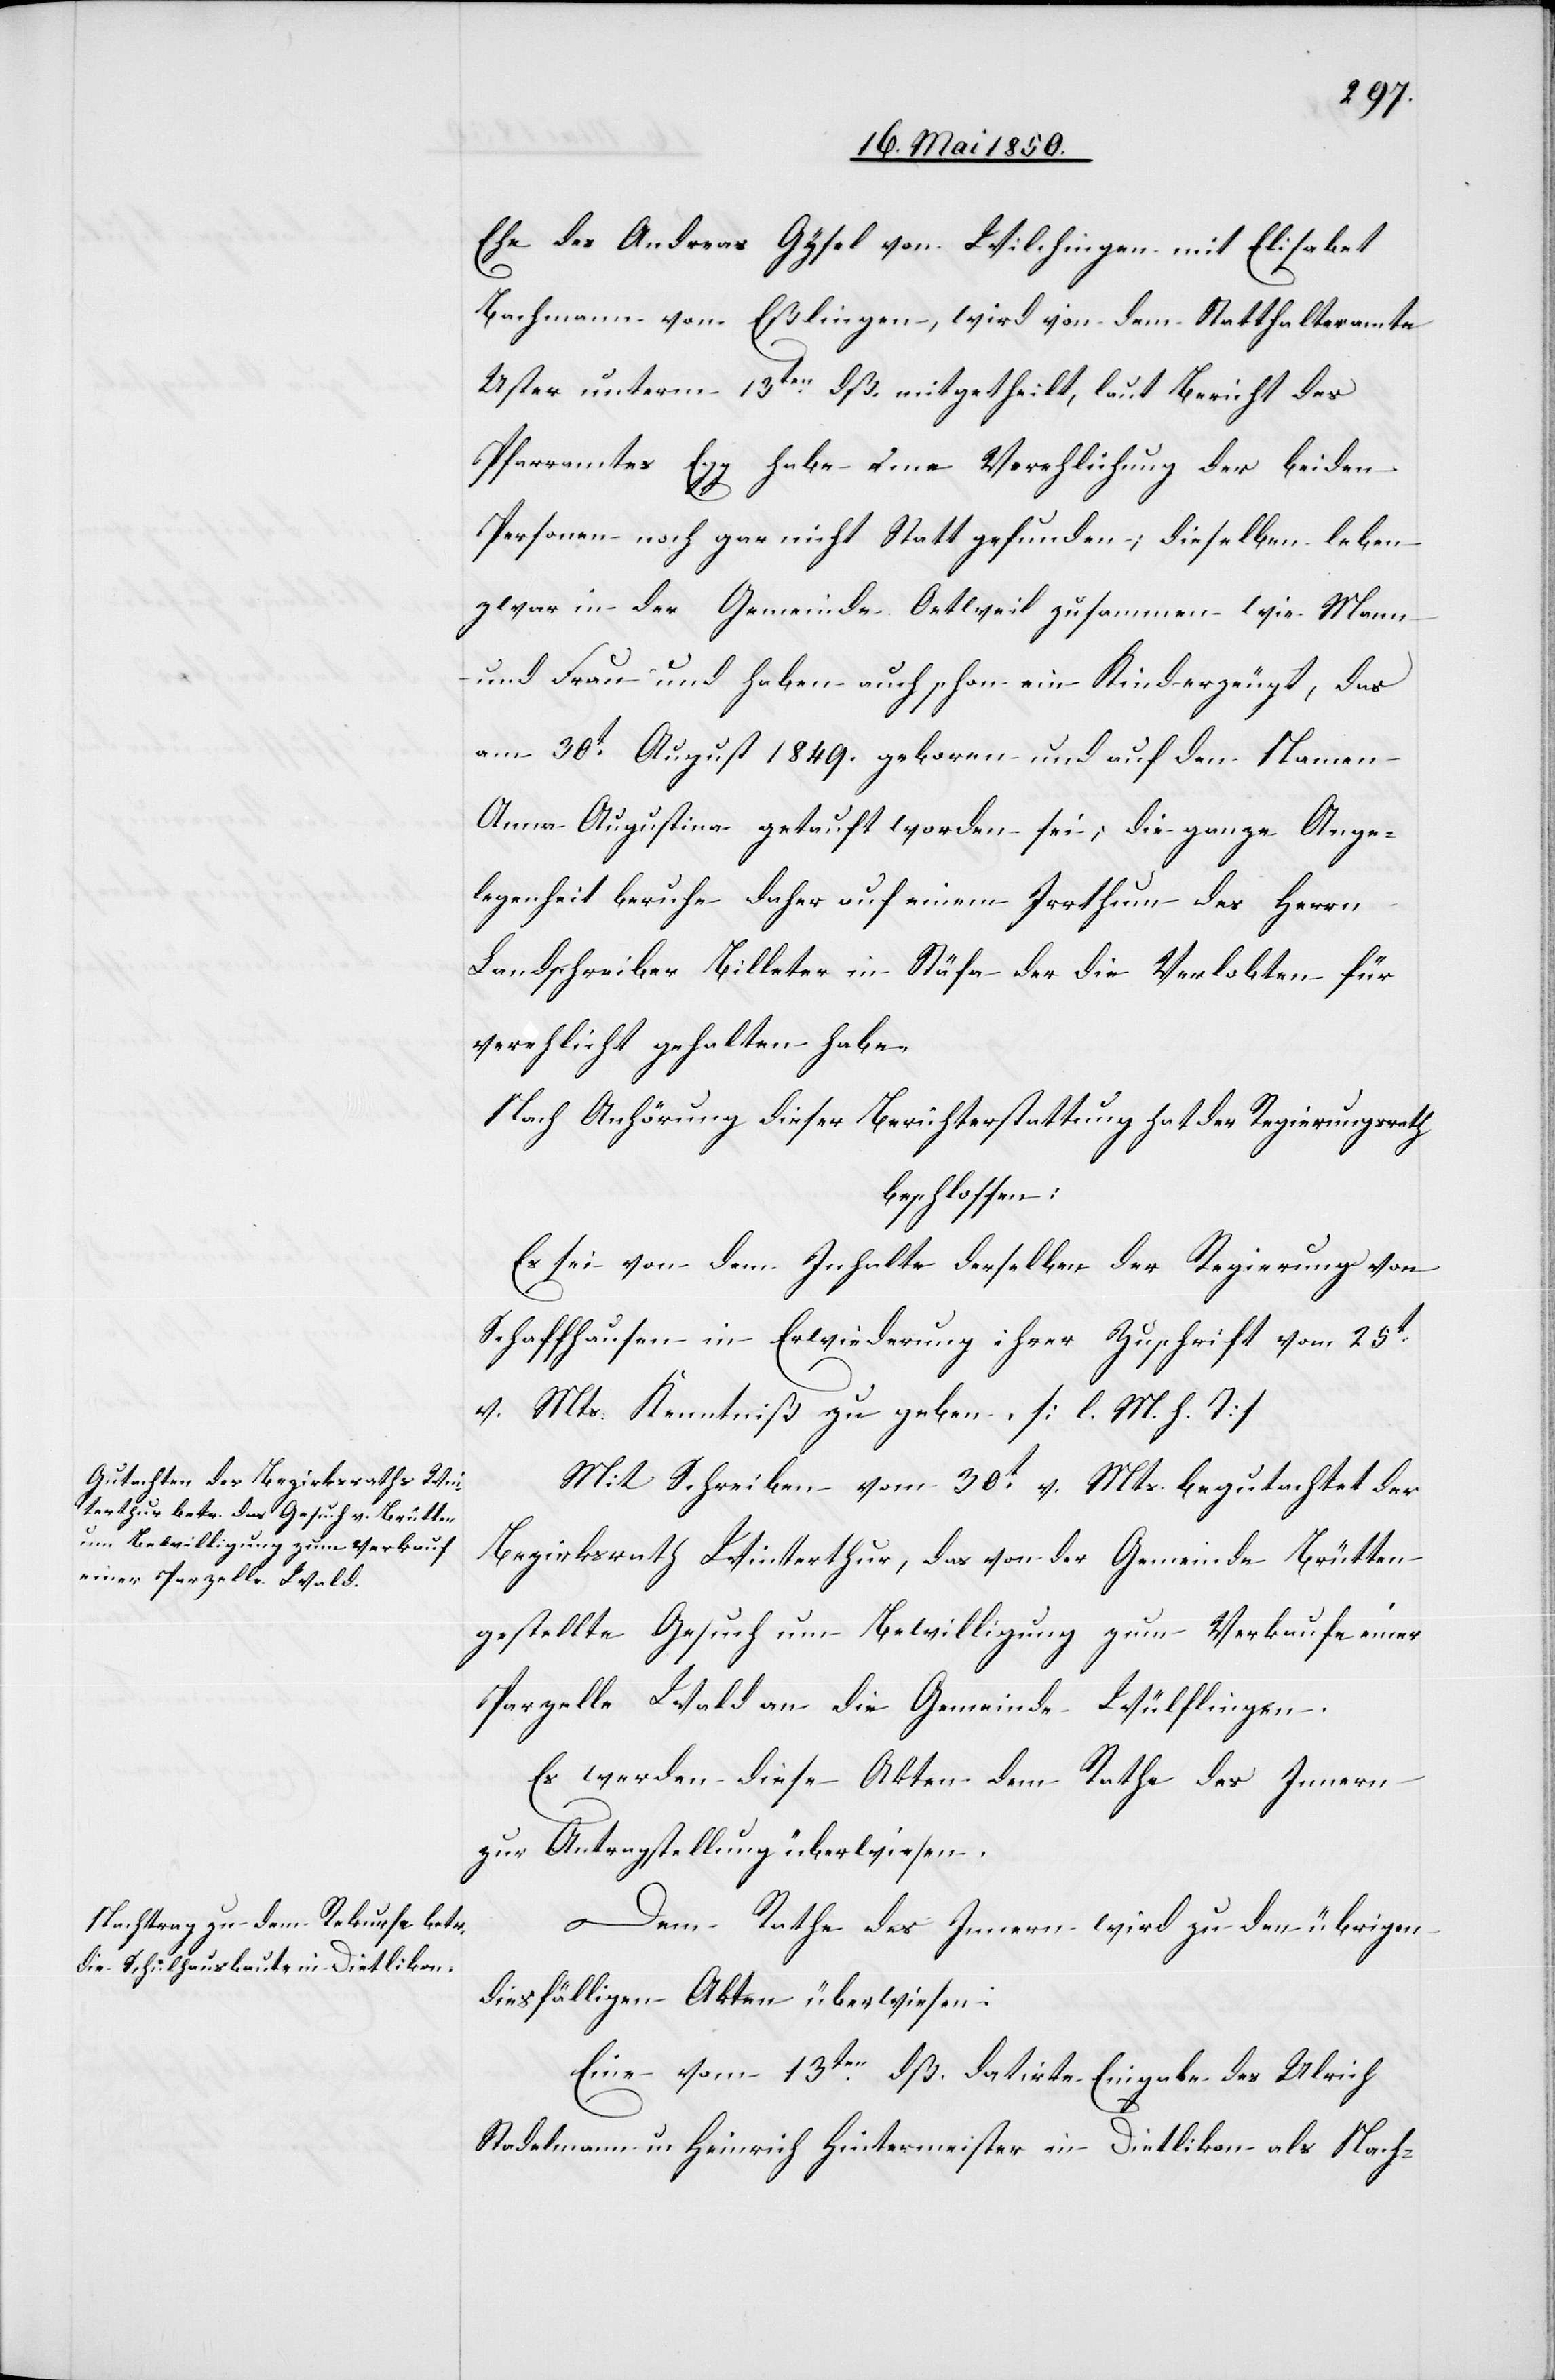
Ehe des Andreas Gysel von Wilchingen mit Elisabet
Bachmann von Eßlingen, wird von dem Statthalteramte
Uster unterm 13ten dß. mitgetheilt, laut Bericht des
Pfarramtes Egg habe eine Verehlichung der beiden
Personen noch gar nicht Statt gefunden; dieselben leben
zwar in der Gemeinde Oetweil zusammen wie Mann
und Frau und haben auch schon ein Kind erzeugt, das
am 30t April 1849. geboren und auf den Namen
Anna Augustina getauft worden sei; die ganze Ange¬
legenheit beruhe daher auf einem Irrthum des Herrn
Landschreiber Billeter in Stäfa der die Verlobten für
verehlicht gehalten habe.
Nach Anhörung dieser Berichterstattung hat der Regierungsrath
beschlossen:
Es sei von dem Inhalte derselben der Regierung von
Schaffhausen in Erwiederung ihrer Zuschrift vom 25t
v. Mts. Kenntniß zu geben. [l. M. h. T]
Mit Schreiben vom 30t v. Mts begutachtet der
Bezirksrath Winterthur, das von der Gemeinde Brütten
gestellte Gesuch um Bewilligung zum Verkaufe einer
Parzelle Wald an die Gemeinde Wülflingen.
Es werden diese Akten dem Rathe des Innern
zur Antragstellung überwiesen.
Dem Rathe des Innern wird zu den übrigen
diesfälligen Akten überwiesen:
Eine vom 13ten dß. datirte Eingabe des Ulrich
Stadelmann u. Heinrich Hintermeister in Dietlikon als Nach-